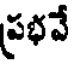
ప్రభవే